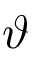
\vartheta